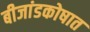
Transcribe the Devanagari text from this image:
बीजांडकोषात